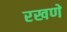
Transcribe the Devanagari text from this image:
रखणे